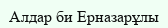
Алдар би Ерназарұлы